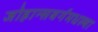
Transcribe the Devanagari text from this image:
जोहान्सबर्गमधल्या